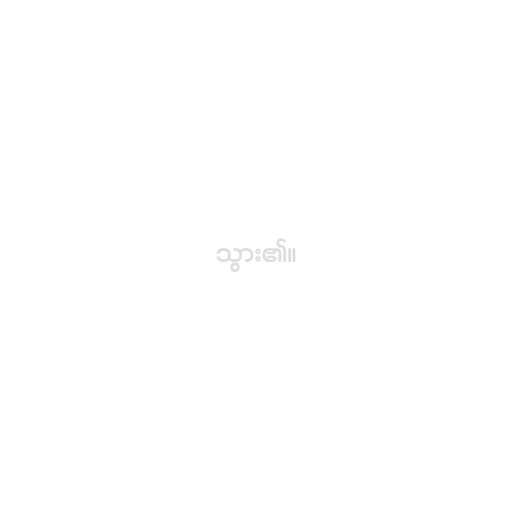
သွား၏။